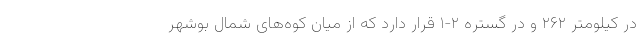
در کیلومتر ۲۶۲ و در گستره ۲-۱ قرار دارد که از میان کوه‌های شمال بوشهر